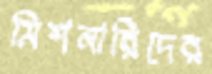
মিশনারিদের